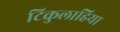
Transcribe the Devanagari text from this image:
टिकुलाहिया